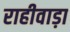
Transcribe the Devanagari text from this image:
राहीवाड़ा